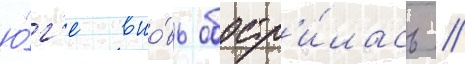
ю́г'е вно́вь обостр'и́лась //